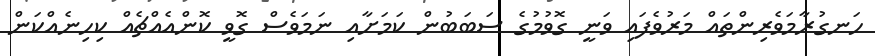
ހަނގުރާމަވެރިންތައް މަރުވެފައި ވަނީ ގޮވުމުގެ ސަބަބުން ކަމަށާއި ނަމަވެސް ގޮވީ ކޮންއެއްޗެއް ކިހިނެއްކަން